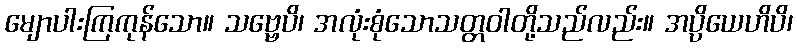
မျောပါးကြကုန်သော။ သဗ္ဗေပိ၊ အလုံးစုံသောသတ္တဝါတို့သည်လည်း။ အပ္ပိယေဟိပိ၊